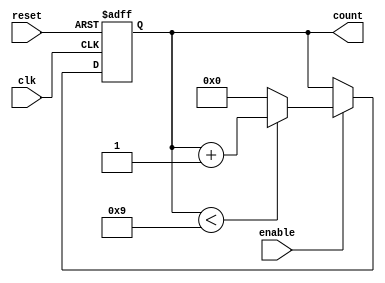
module bcd_counter (
    input wire clk,          // Clock signal
    input wire reset,        // Asynchronous reset signal
    input wire enable,       // Enable signal for counting
    output reg [3:0] count   // 4-bit output representing the current BCD value
);

// Always block triggered by the clock
always @(posedge clk or posedge reset) begin
    if (reset) begin
        // Reset the counter to 0
        count <= 4'b0000;
    end else if (enable) begin
        // Increment the counter if enable is high
        if (count < 4'b1001) begin
            count <= count + 1'b1;
        end else begin
            // Reset to 0 if the counter exceeds 9 (1001)
            count <= 4'b0000;
        end
    end
end

endmodule